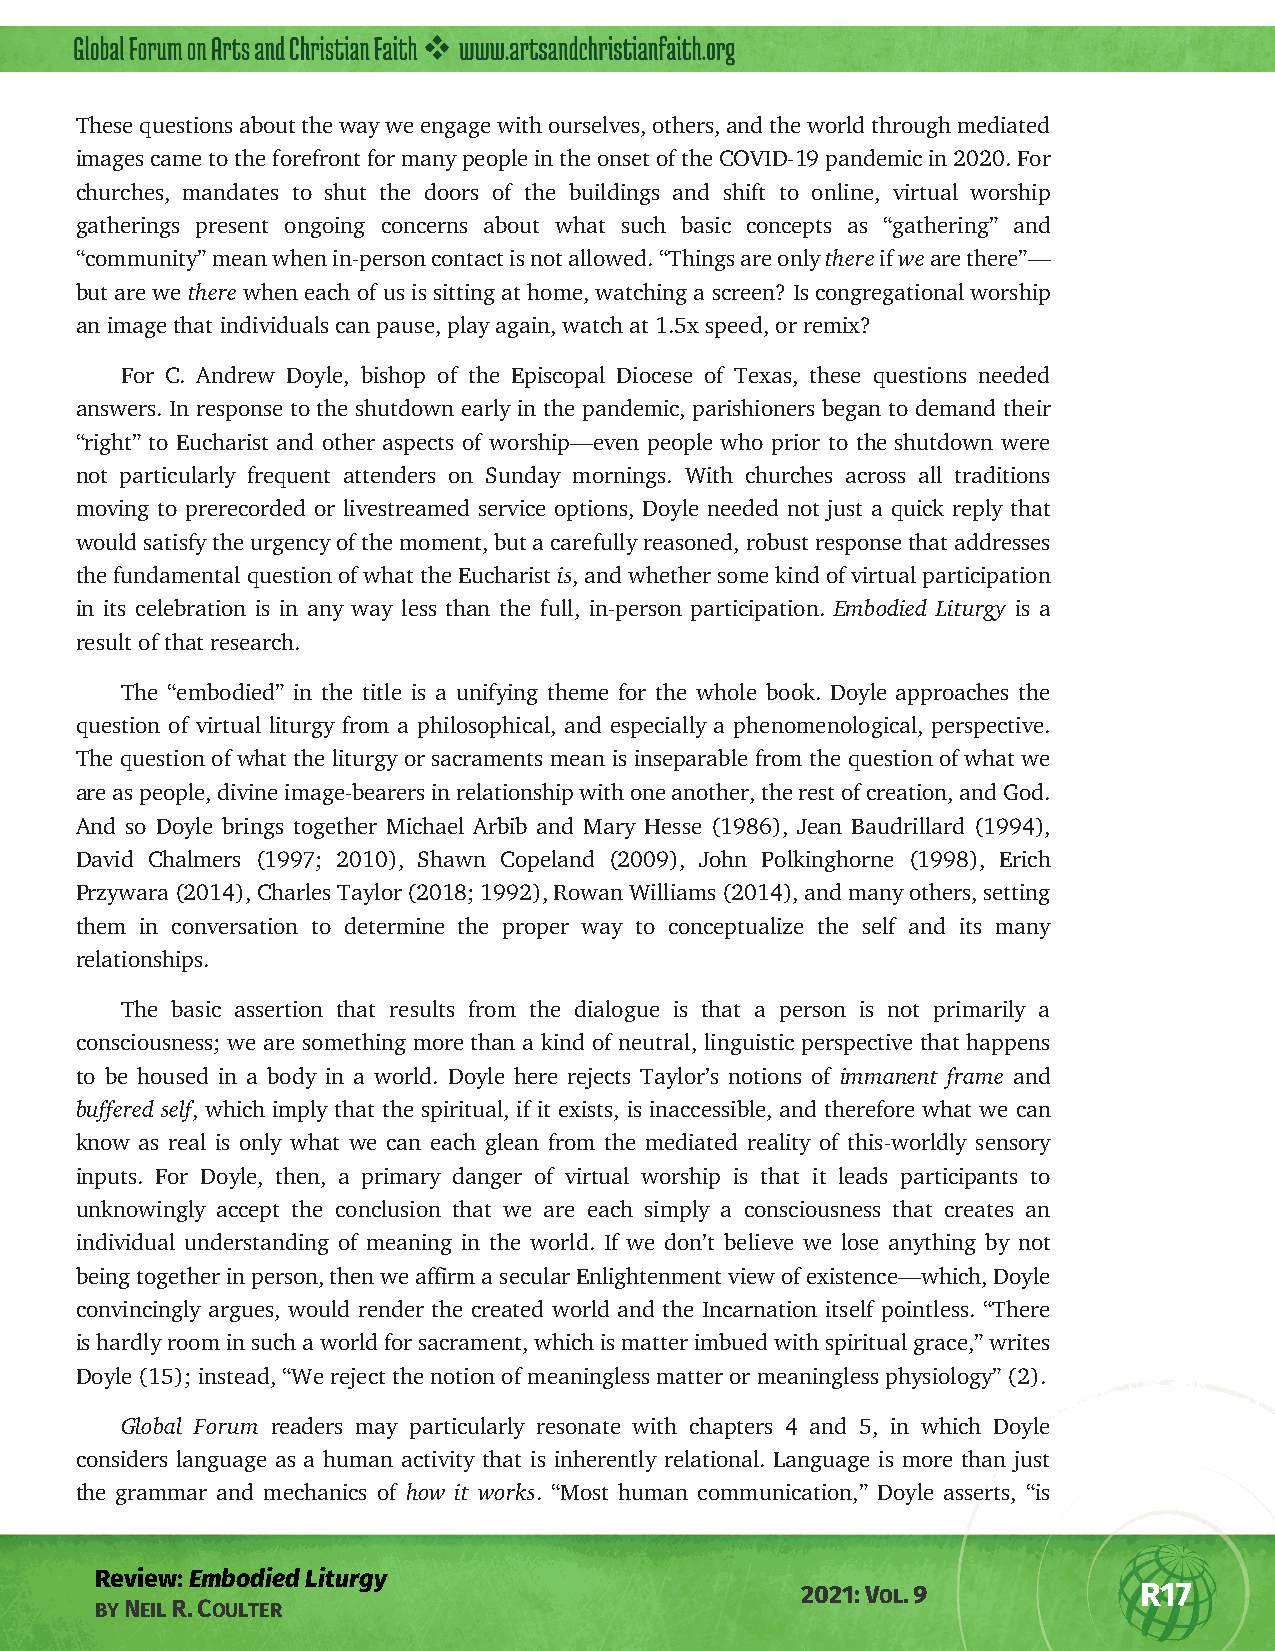
These questions about the way we engage with ourselves, others, and the world through mediated
 images came to the forefront for many people in the onset of the COVID-19 pandemic in 2020. For
 churches, mandates to shut the doors of the buildings and shift to online, virtual worship
 gatherings present ongoing concerns about what such basic concepts as “gathering” and
 “community” mean when in-person contact is not allowed. “Things are only there if we are there”—
 but are we there when each of us is sitting at home, watching a screen? Is congregational worship
 an image that individuals can pause, play again, watch at 1.5x speed, or remix?
 For C. Andrew Doyle, bishop of the Episcopal Diocese of Texas, these questions needed
 answers. In response to the shutdown early in the pandemic, parishioners began to demand their
 “right” to Eucharist and other aspects of worship—even people who prior to the shutdown were
 not particularly frequent attenders on Sunday mornings. With churches across all traditions
 moving to prerecorded or livestreamed service options, Doyle needed not just a quick reply that
 would satisfy the urgency of the moment, but a carefully reasoned, robust response that addresses
 the fundamental question of what the Eucharist is, and whether some kind of virtual participation
 in its celebration is in any way less than the full, in-person participation. Embodied Liturgy is a
 result of that research.
 The “embodied” in the title is a unifying theme for the whole book. Doyle approaches the
 question of virtual liturgy from a philosophical, and especially a phenomenological, perspective.
 The question of what the liturgy or sacraments mean is inseparable from the question of what we
 are as people, divine image-bearers in relationship with one another, the rest of creation, and God.
 And so Doyle brings together Michael Arbib and Mary Hesse (1986), Jean Baudrillard (1994),
 David Chalmers (1997; 2010), Shawn Copeland (2009), John Polkinghorne (1998), Erich
 Przywara (2014), Charles Taylor (2018; 1992), Rowan Williams (2014), and many others, setting
 them in conversation to determine the proper way to conceptualize the self and its many
 relationships.
 The basic assertion that results from the dialogue is that a person is not primarily a
 consciousness; we are something more than a kind of neutral, linguistic perspective that happens
 to be housed in a body in a world. Doyle here rejects Taylor’s notions of immanent frame and
 buffered self, which imply that the spiritual, if it exists, is inaccessible, and therefore what we can
 know as real is only what we can each glean from the mediated reality of this-worldly sensory
 inputs. For Doyle, then, a primary danger of virtual worship is that it leads participants to
 unknowingly accept the conclusion that we are each simply a consciousness that creates an
 individual understanding of meaning in the world. If we don’t believe we lose anything by not
 being together in person, then we affirm a secular Enlightenment view of existence—which, Doyle
 convincingly argues, would render the created world and the Incarnation itself pointless. “There
 is hardly room in such a world for sacrament, which is matter imbued with spiritual grace,” writes
 Doyle (15); instead, “We reject the notion of meaningless matter or meaningless physiology” (2).
 Global Forum readers may particularly resonate with chapters 4 and 5, in which Doyle
 considers language as a human activity that is inherently relational. Language is more than just
 the grammar and mechanics of how it works. “Most human communication,” Doyle asserts, “is
 Review: Embodied Liturgy
 2021: VOL. 9          R17
 BY NEIL R. COULTER